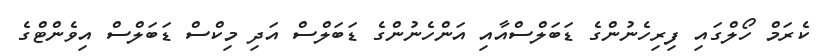
ކެރަމް ހޯލްގައި ފިރިހެނުންގެ ޑަބަލްސްއާއި އަންހެނުންގެ ޑަބަލްސް އަދި މިކްސް ޑަބަލްސް އިވެންޓްގެ